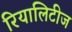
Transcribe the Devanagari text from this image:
रियालिटीज